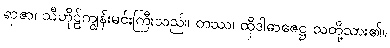
ရာဇာ၊ သီဟိုဠ်ကျွန်းမင်းကြီးသည်။ တဿ၊ ထိုဒါဓာဇေဋ္ဌ သတို့သား၏။